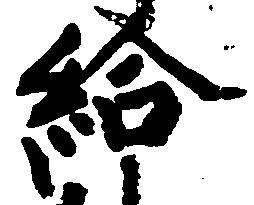
給